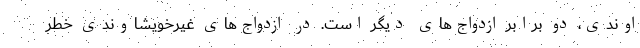
اوندی، دو برابر ازدواج‌های دیگر است. در ازدواج‌های غیرخویشاوندی خطر